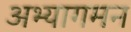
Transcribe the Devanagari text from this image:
अभ्यागमन